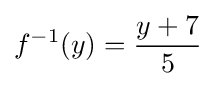
f^{-1}(y)={\frac {y+7}{5}}